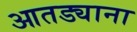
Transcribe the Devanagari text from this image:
आतड्याना